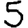
Digit: 5